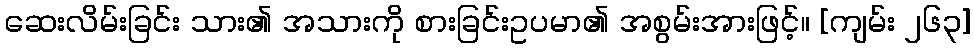
ဆေးလိမ်းခြင်း သား၏ အသားကို စားခြင်းဥပမာ၏ အစွမ်းအားဖြင့်။ [ကျမ်း ၂၆၃]